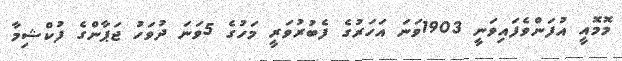
މޮމޮއީ އުފަންވެފައިވަނީ 1903ވަނަ އަހަރުގެ ފެބުރުވަރީ މަހުގެ 5ވަނަ ދުވަހު ޖަޕާންގެ ފުކްޝިމާ